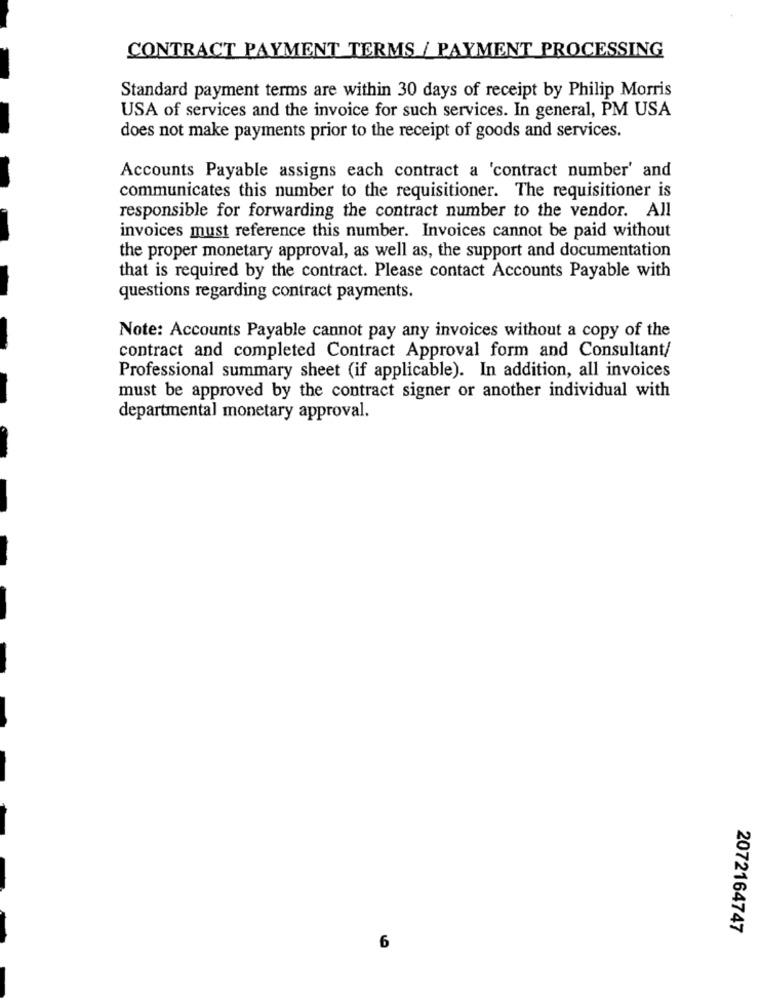
CONTRACT PAYMENT TERMS / PAYMENT PROCESSING
Standard payment terms are within 30 days of receipt by Philip Morris
USA of services and the invoice for such services. In general, PM USA
does not make payments prior to the receipt of goods and services.
Accounts Payable assigns each contract a 'contract number' and
communicates this number to the requisitioner. The requisitioner is
responsible for forwarding the contract number to the vendor. All
invoices must reference this number. Invoices cannot be paid without
the proper monetary approval, as well as, the support and documentation
that is required by the contract. Please contact Accounts Payable with
questions regarding contract payments.
Note: Accounts Payable cannot pay any invoices without a copy of the
contract and completed Contract Approval form and Consultant/
Professional summary sheet (if applicable). In addition, all invoices
must be approved by the contract signer or another individual with
departmental monetary approval.
2072164747
6